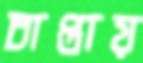
চাপ্তায়